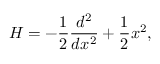
H = - { \frac { 1 } { 2 } } { \frac { d ^ { 2 } } { d x ^ { 2 } } } + { \frac { 1 } { 2 } } x ^ { 2 } ,